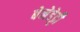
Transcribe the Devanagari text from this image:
बेनेडेट्टी